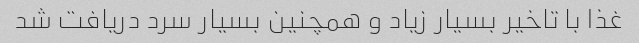
غذا با تاخیر بسیار زیاد و همچنین بسیار سرد دریافت شد